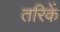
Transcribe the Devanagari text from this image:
तरिकें